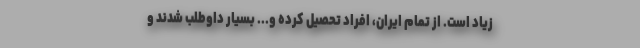
زیاد است. از تمام ایران، افراد تحصیل کرده و... بسیار داوطلب شدند و